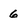
Character: 6